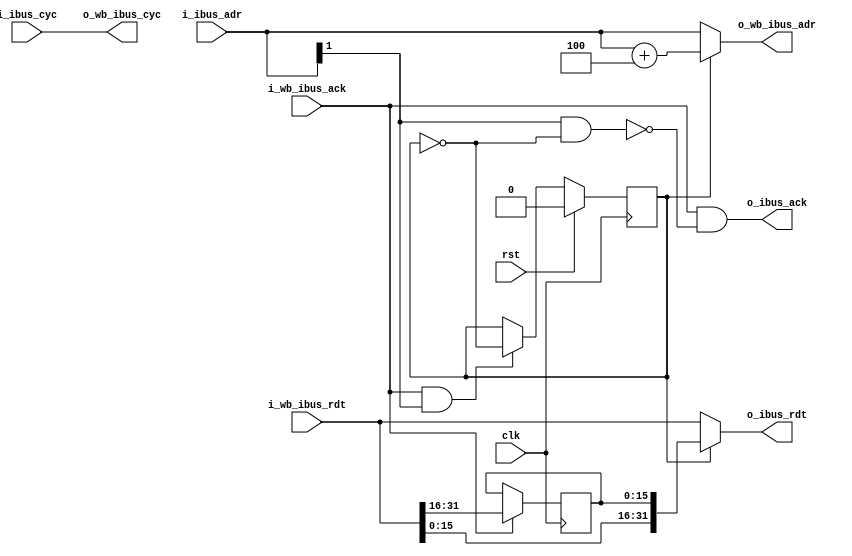
module serv_aligner 
   (
    input wire clk,
    input wire rst,
    // serv_top
    input  wire [31:0]  i_ibus_adr,
    input  wire         i_ibus_cyc,
    output wire [31:0]  o_ibus_rdt,
    output wire         o_ibus_ack,
    // serv_rf_top
    output wire [31:0]  o_wb_ibus_adr,
    output wire         o_wb_ibus_cyc,
    input  wire [31:0]  i_wb_ibus_rdt,
    input  wire         i_wb_ibus_ack);

    wire [31:0] ibus_rdt_concat;
    wire        ack_en;
    
    reg  [15:0] lower_hw;    
    reg         ctrl_misal ; 

    /* From SERV core to Memory

    o_wb_ibus_adr: Carries address of instruction to memory. In case of misaligned access, 
    which is caused by pc+2 due to compressed instruction, next instruction is fetched 
    by pc+4 and concatenation is done to make the instruction aligned.

    o_wb_ibus_cyc: Simply forwarded from SERV to Memory and is only altered by memory or SERV core.
    */
    assign o_wb_ibus_adr = ctrl_misal ? (i_ibus_adr+32'b100) : i_ibus_adr;
    assign o_wb_ibus_cyc = i_ibus_cyc;

    /* From Memory to SERV core

        o_ibus_ack: Instruction bus acknowledge is send to SERV only when the aligned instruction,
        either compressed or un-compressed, is ready to dispatch.

        o_ibus_rdt: Carries the instruction from memory to SERV core. It can be either aligned
        instruction coming from memory or made aligned by two bus transactions and concatenation.
    */
    assign o_ibus_ack = i_wb_ibus_ack & ack_en;
    assign o_ibus_rdt = ctrl_misal ? ibus_rdt_concat : i_wb_ibus_rdt;

    /* 16-bit register used to hold the upper half word of the current instruction in-case
       concatenation will be required with the upper half word of upcoming instruction
    */        
    always @(posedge clk) begin
        if(i_wb_ibus_ack)begin
            lower_hw <= i_wb_ibus_rdt[31:16];
        end
    end

    assign ibus_rdt_concat = {i_wb_ibus_rdt[15:0],lower_hw};
    
    /* Two control signals: ack_en, ctrl_misal are set to control the bus transactions between
    SERV core and the memory
    */
    assign ack_en   = !(i_ibus_adr[1] & !ctrl_misal); 

    always @(posedge clk ) begin
        if(rst)
            ctrl_misal <= 0;
        else if(i_wb_ibus_ack & i_ibus_adr[1])
            ctrl_misal <= !ctrl_misal;
    end

endmodule